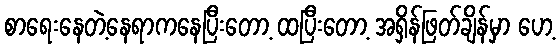
စာရေးနေတဲ့နေရာကနေပြီးတော့ ထပြီးတော့ အရှိန်ဖြတ်ချိန်မှာ ဟေ့